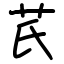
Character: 芪